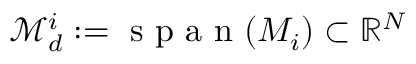
\mathcal { M } _ { d } ^ { i } : = \mathrm { ~ s ~ p ~ a ~ n ~ } ( M _ { i } ) \subset \mathbb { R } ^ { N }